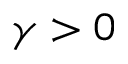
\gamma > 0